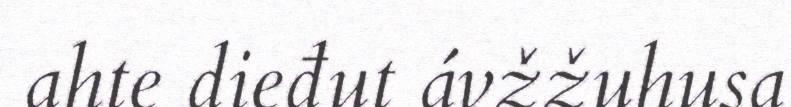
ahte dieđut ávžžuhusa